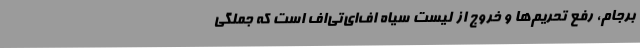
برجام، رفع تحریم‌ها و خروج از لیست سیاه اف‌ای‌تی‌اف است که جملگی